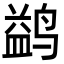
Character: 鹢